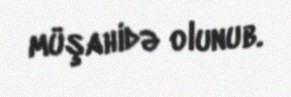
müşahidə olunub.